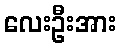
လေးဦးအား